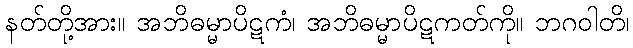
နတ်တို့အား။ အဘိဓမ္မာပိဋကံ၊ အဘိဓမ္မာပိဋကတ်ကို။ ဘဂဝါတိ၊